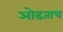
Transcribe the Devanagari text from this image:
ओढताच